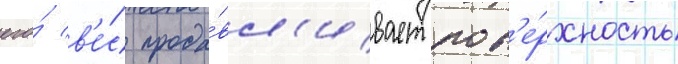
его́ в'е́с прода́вл'ивает пов'е́рхность